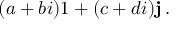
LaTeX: ( a + b i ) 1 + ( c + d i ) \mathbf { j } \, .